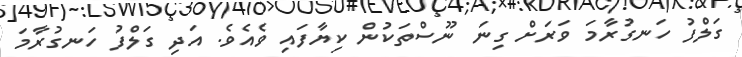
ގަލްފު ހަނގުރާމަ ވަރަށް ގިނަ ނޫސްތަކުން ކިޔާފައި ވެއެވެ. އަދި ގަލްފު ހަނގުރާމަ